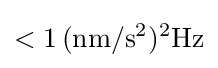
<1\,{\rm {(nm/s^{2})^{2}Hz}}